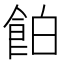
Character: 𩛇